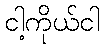
ငါ့ကိုယ်ငါ